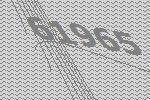
61965